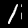
Digit: 1